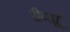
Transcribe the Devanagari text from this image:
रीव्ह्यू